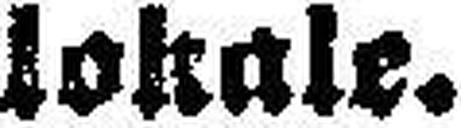
lokale.